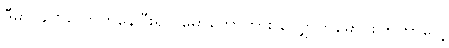
ဒီမှာ ခဏလောက်နေပြီးရင် မော်တော်ကား လျှောက်မောင်းကြတာပေါ့